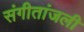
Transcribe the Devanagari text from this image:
संगीतांजली